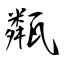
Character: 甐